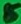
Text: 5